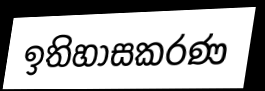
ඉතිහාසකරණ